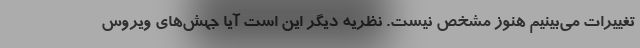
تغییرات می‌بینیم هنوز مشخص نیست. نظریه دیگر این است آیا جهش‌های ویروس